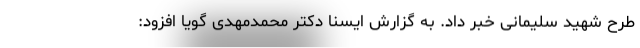
طرح شهید سلیمانی خبر داد. به گزارش ایسنا دکتر محمدمهدی گویا افزود: